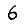
Digit: 6